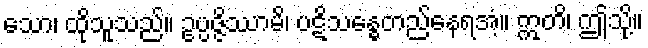
သော၊ ထိုသူသည်။ ဥပ္ပဇ္ဇိဿာမိ၊ ပဋိသန္ဓေတည်နေရအံ့။ ဣတိ၊ ဤသို့။